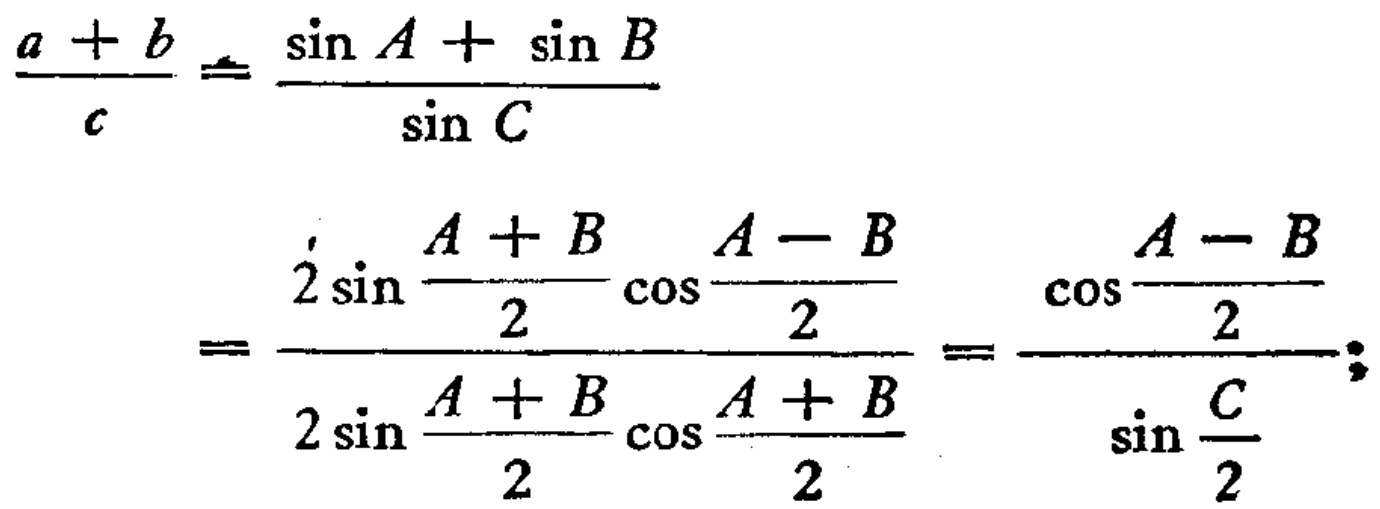
\[\frac{a + b}{c}=\frac{\sin A+\sin B}{\sin C}=\frac{2\sin\frac{A + B}{2}\cos\frac{A - B}{2}}{2\sin\frac{A + B}{2}\cos\frac{A + B}{2}}=\frac{\cos\frac{A - B}{2}}{\sin\frac{C}{2}};\]